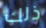
ذلك